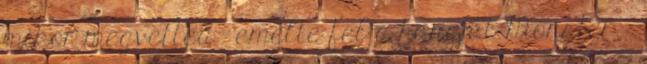
mikor megvetted - emelte fel a hangját Monster. -